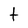
Character: t